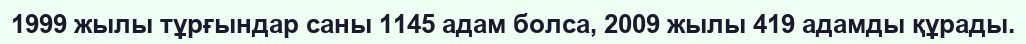
1999 жылы тұрғындар саны 1145 адам болса, 2009 жылы 419 адамды құрады.